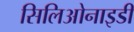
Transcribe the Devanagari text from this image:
सिलिओनाइडी